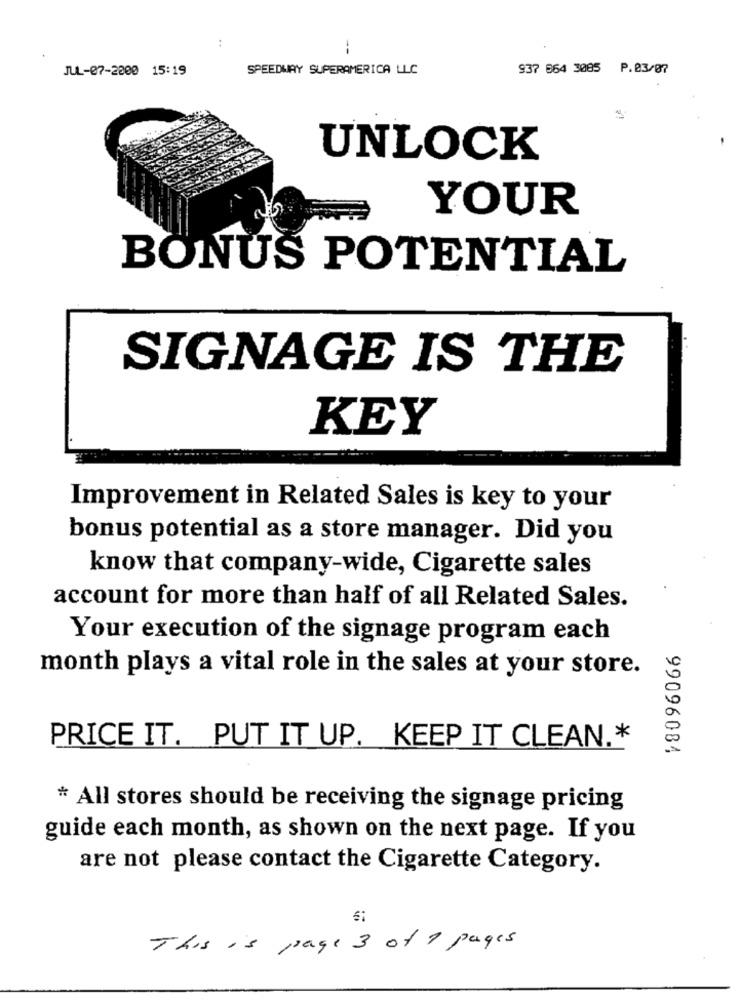
:
JUL-07-2000 15:19
SPEEDWAY SUPERAMERICA LLC
937 864 3085 P.23/07
UNLOCK
YOUR
BONUS POTENTIAL
SIGNAGE IS THE
KEY
Improvement in Related Sales is key to your
bonus potential as a store manager. Did you
know that company-wide, Cigarette sales
account for more than half of all Related Sales.
Your execution of the signage program each
month plays a vital role in the sales at your store.
PRICE IT. PUT IT UP. KEEP IT CLEAN .*
99096084
* All stores should be receiving the signage pricing
guide each month, as shown on the next page. If you
are not please contact the Cigarette Category.
e 3 of 1 pages
This is page